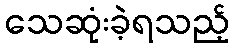
သေဆုံးခဲ့ရသည့်